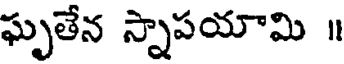
ఘృతేన స్నాపయామి ॥